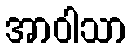
အာဝါသာ